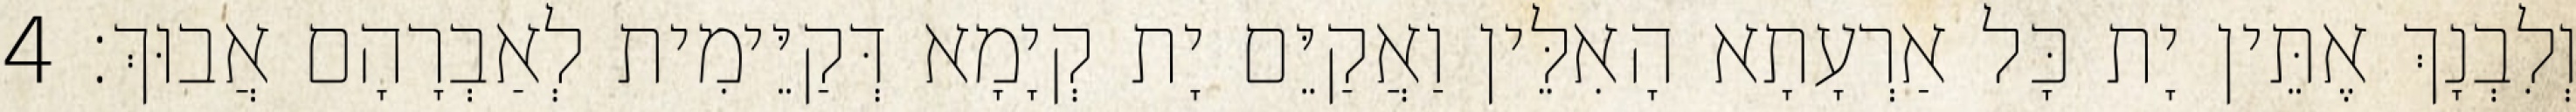
וְלִבְנָךְ אֶתֵּין יָת כָּל אַרְעָתָא הָאִלֵּין וַאֲקַיֵּם יָת קְיָמָא דְּקַיֵּימִית לְאַבְרָהָם אֲבוּךְ׃ 4